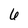
Character: 6